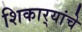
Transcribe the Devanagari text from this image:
शिकार्‍यांचे